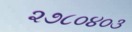
૨૭૮૦૪૦૩